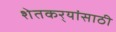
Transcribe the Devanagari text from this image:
शेतकर्‍यांसाठी